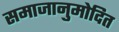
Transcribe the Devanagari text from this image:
समाजानुमोदित